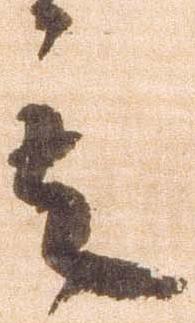
其